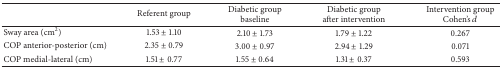
|  | Referent group | Diabetic group baseline | Diabetic group after intervention | Intervention groupCohen's d |
 | --- | --- | --- | --- | --- |
 | Sway area (cm2) | 1.53 ± 1.10 | 2.10 ± 1.73 | 1.79 ± 1.22 | 0.267 |
 | COP anterior-posterior (cm) | 2.35 ± 0.79 | 3.00 ± 0.97 | 2.94 ± 1.29 | 0.071 |
 | COP medial-lateral (cm) | 1.51 ± 0.77 | 1.55 ± 0.64 | 1.31 ± 0.37 | 0.593 |